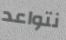
نتواعد